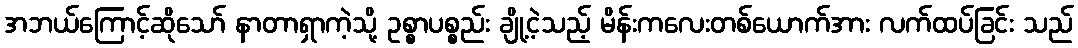
အဘယ်ကြောင့်ဆိုသော် နာတာရှာကဲ့သို့ ဥစ္စာပစ္စည်း ချို့ငဲ့သည့် မိန်းကလေးတစ်ယောက်အား လက်ထပ်ခြင်း သည်